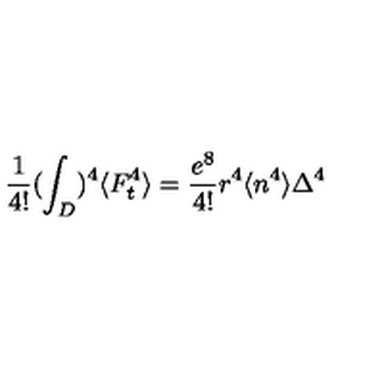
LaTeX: \frac { 1 } { 4 ! } ( \int _ { D } ) ^ { 4 } \langle F _ { t } ^ { 4 } \rangle = \frac { e ^ { 8 } } { 4 ! } r ^ { 4 } \langle n ^ { 4 } \rangle \Delta ^ { 4 }